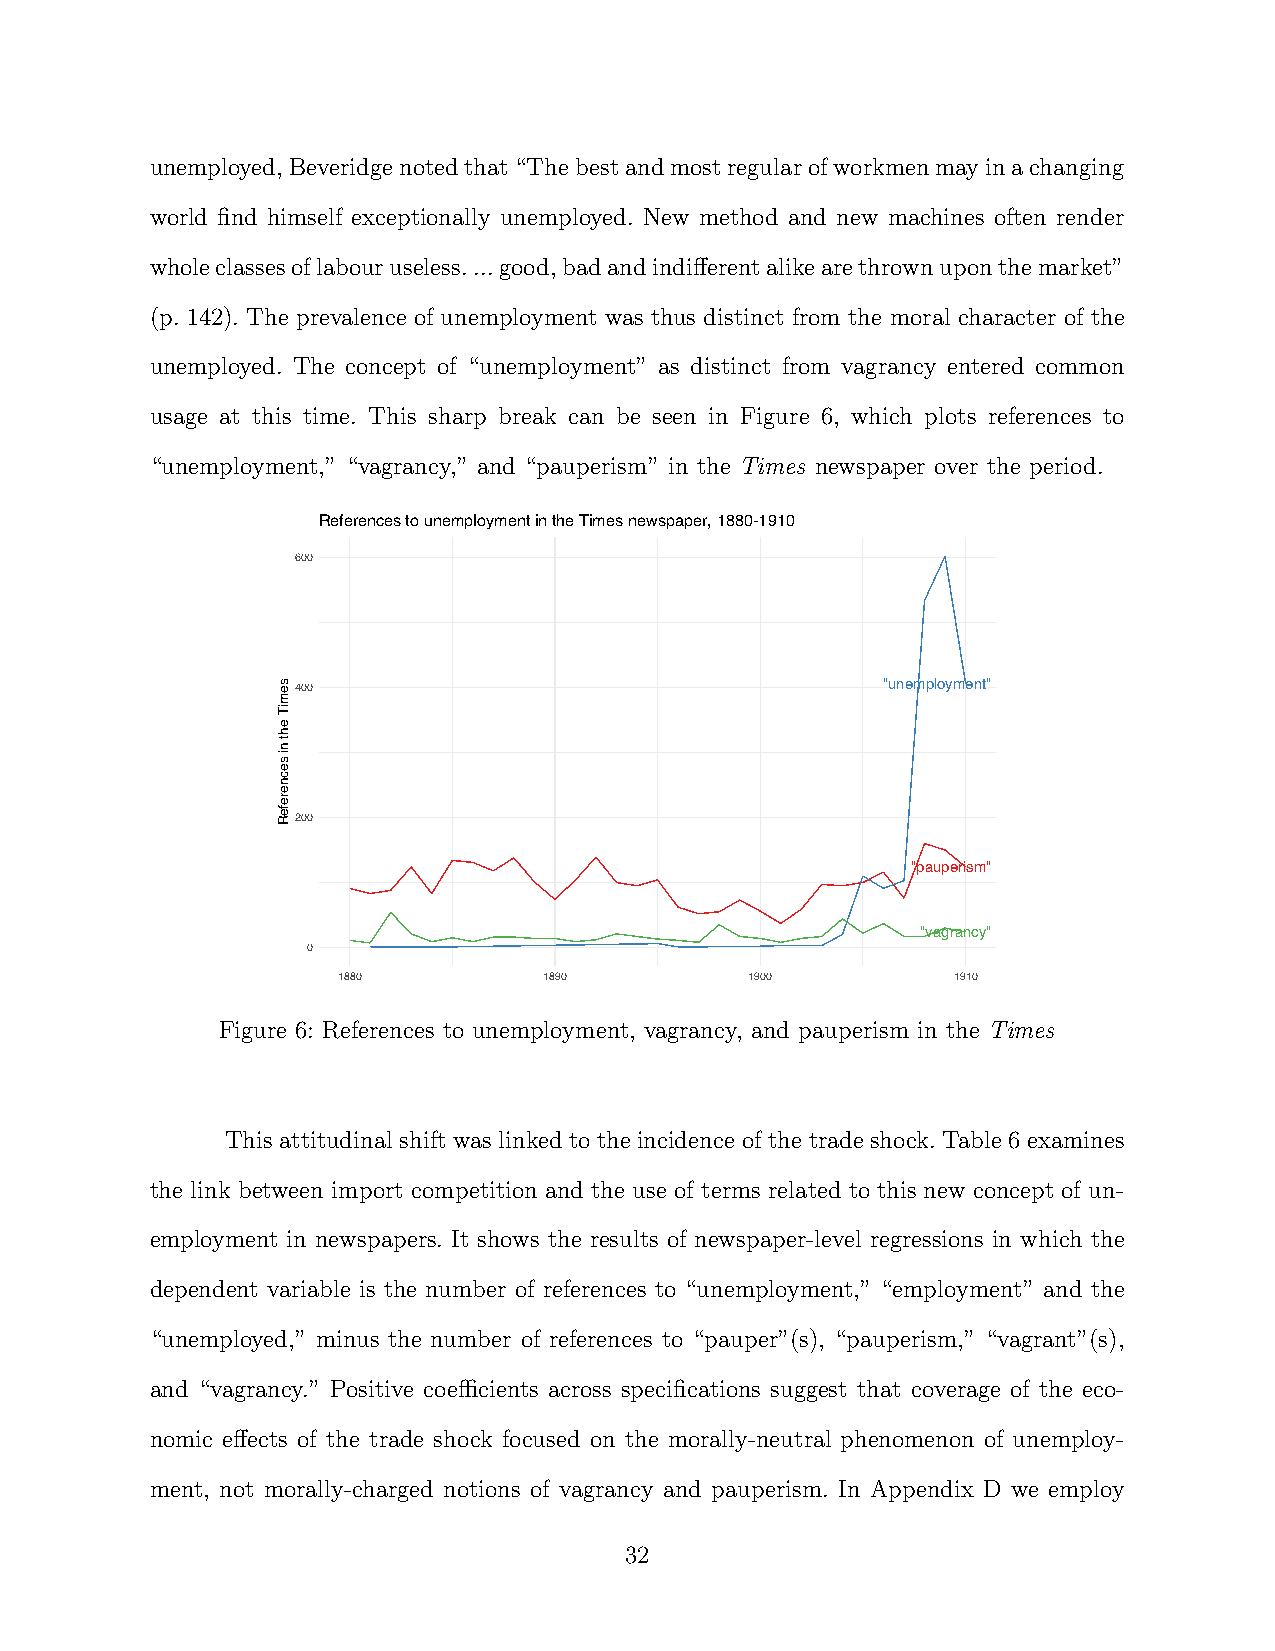
unemployed,Beveridgenotedthat“Thebestandmostregularofworkmenmayinachanging
 world find himself exceptionally unemployed. New method and new machines often render
 wholeclassesoflabouruseless....good,badandindifferentalikearethrownuponthemarket”
 (p. 142). The prevalence of unemployment was thus distinct from the moral character of the
 unemployed. The concept of “unemployment” as distinct from vagrancy entered common
 usage at this time. This sharp break can be seen in Figure 6, which plots references to
 “unemployment,” “vagrancy,” and “pauperism” in the Times newspaper over the period.
 References to unemployment in the Times newspaper, 1880-1910
 600
 400                                   "unemployment"
 200
 "pauperism"
 "vagrancy"
 0
 1880          1890          1900         1910
 Figure 6: References to unemployment, vagrancy, and pauperism in the Times
 This attitudinal shift was linked to the incidence of the trade shock. Table 6 examines
 the link between import competition and the use of terms related to this new concept of un-
 employment in newspapers. It shows the results of newspaper-level regressions in which the
 dependent variable is the number of references to “unemployment,” “employment” and the
 “unemployed,” minus the number of references to “pauper”(s), “pauperism,” “vagrant”(s),
 and “vagrancy.” Positive coefficients across specifications suggest that coverage of the eco-
 nomic effects of the trade shock focused on the morally-neutral phenomenon of unemploy-
 ment, not morally-charged notions of vagrancy and pauperism. In Appendix D we employ
 32
 semiT
 eht
 ni
 secnerefeR